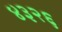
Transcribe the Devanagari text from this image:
४३२६